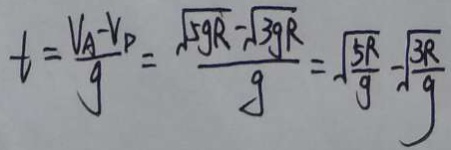
t = \frac { V _ { A } - V _ { D } } { g } = \frac { \sqrt { 5 g R } - \sqrt { 3 g R } } { g } = \sqrt { \frac { 5 R } { g } } - \sqrt { \frac { 3 R } { g } }